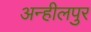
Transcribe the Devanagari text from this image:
अन्हीलपुर